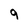
Character: 9